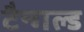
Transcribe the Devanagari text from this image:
टैन्गल्ड